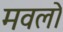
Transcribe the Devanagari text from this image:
मवलो